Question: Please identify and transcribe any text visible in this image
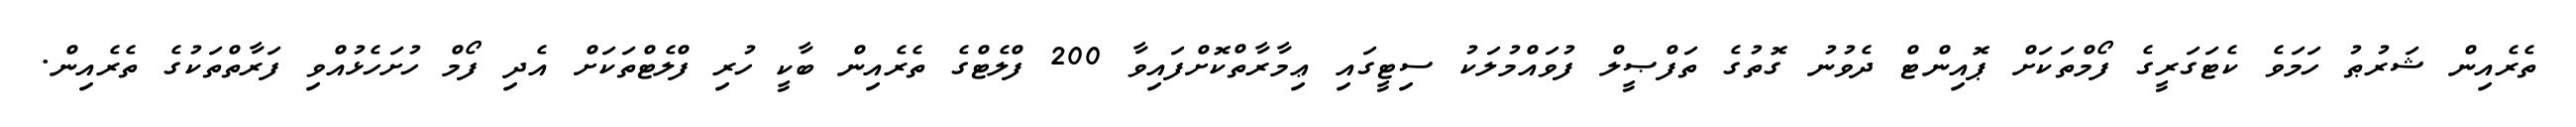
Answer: ތެރެއިން ޝަރުޠު ހަމަވެ ކެޓަގަރީގެ ފޯމްތަކަށް ޕޮއިންޓް ދެވުނު ގޮތުގެ ތަފްޞީލް ފުވައްމުލަކު ސިޓީގައި ޢިމާރާތްކޮށްފައިވާ 200 ފްލެޓްގެ ތެރެއިން ބާކީ ހުރި ފްލެޓްތަކަށް އެދި ފޯމް ހުށަހެޅުއްވި ފަރާތްތަކުގެ ތެރެއިން.